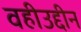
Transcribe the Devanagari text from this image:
वहीउद्दीन